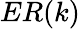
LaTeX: ER(k)